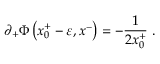
\partial _ { + } \Phi \left( x _ { 0 } ^ { + } - \varepsilon , x ^ { - } \right) = - { \frac { 1 } { 2 x _ { 0 } ^ { + } } } \; .